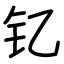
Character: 钇